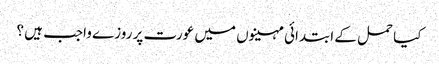
کیا حمل کے ابتدائی مہینوں میں عورت پر روزے واجب ہیں ؟